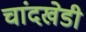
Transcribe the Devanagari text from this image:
चांदखेडी